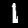
Label: 1